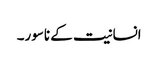
انسانیت کے ناسور۔